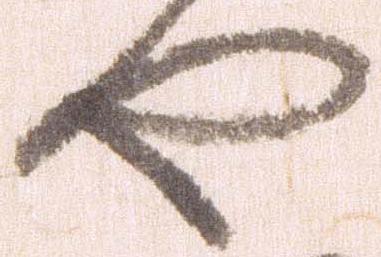
や